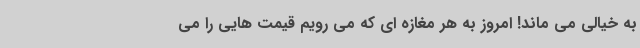
به خیالی می ماند! امروز به هر مغازه ای که می رویم قیمت هایی را می